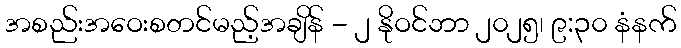
အစည်းအဝေးစတင်မည့်အချိန် - ၂ နိုဝင်ဘာ ၂၀၂၅၊ ၉:၃၀ နံနက်